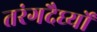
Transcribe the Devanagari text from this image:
तरंगदैर्घ्यों